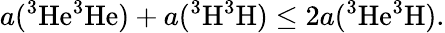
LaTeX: a(^{3}\mathrm{He}^{3}\mathrm{He})+a(^{3}\mathrm{H}^{3}\mathrm{H})\leq 2a(^{3}\mathrm{He}^{3}\mathrm{H}).